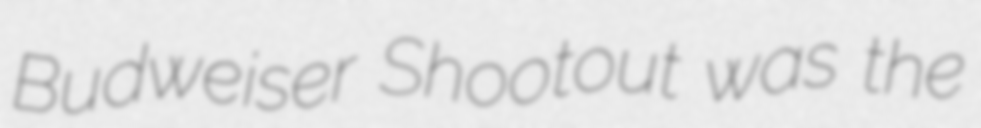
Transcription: Budweiser Shootout was the